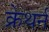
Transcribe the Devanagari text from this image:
क्रेथर्न